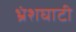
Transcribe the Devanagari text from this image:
भ्रंशघाटी